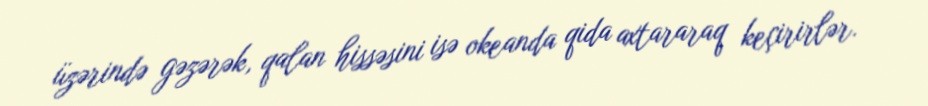
üzərində gəzərək, qalan hissəsini isə okeanda qida axtararaq keçirirlər.